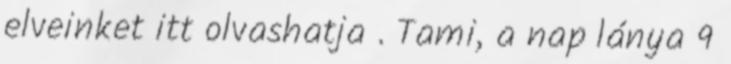
elveinket itt olvashatja . Tami, a nap lánya 9